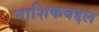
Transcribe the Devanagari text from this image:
नाशिकबद्दल